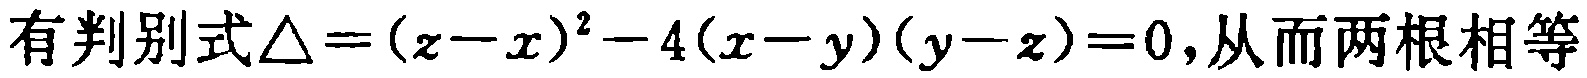
有判别式\(\triangle =(z - x)^2 - 4(x - y)(y - z)=0\),从而两根相等